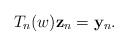
LaTeX: \begin{align*}T_n(w) \mathbf{z}_n = \mathbf{y}_n.\end{align*}